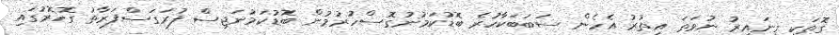
ގޮތަކީ ގިނައިރު ނުވަތަ އިތުރު އެހެން ސަބަބަކާހުރެ ބޮޑުކަމުނުގޮސްހުރުމުން ބޮޑުކަމުނަޖިސް ފުރަގަސްފަރާތު ގޮހޮރުގައި